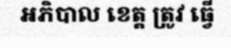
អភិបាល ខេត្ត ត្រូវ ធ្វើ